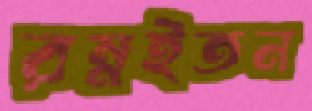
রম্নইতন